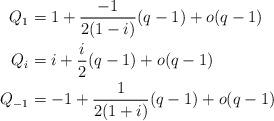
LaTeX: \begin{align*} Q_1 &= 1 + \frac{-1}{2(1-i)} (q-1) + o(q-1) \\ Q_i &= i + \frac{i}{2} (q-1) + o(q-1) \\ Q_{-1} &= -1 + \frac{1}{2(1+i)} (q-1) + o(q-1)\end{align*}